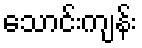
သောင်းကျန်း